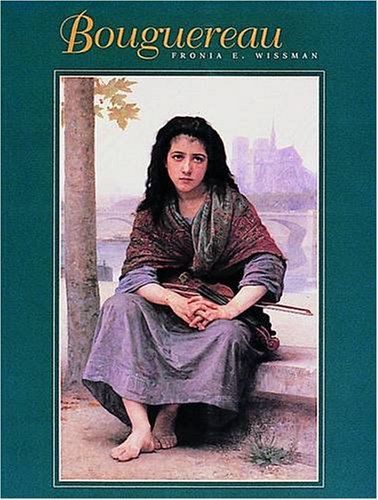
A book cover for Bouguereau; Fronia E. Wissman; Arts & Photography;